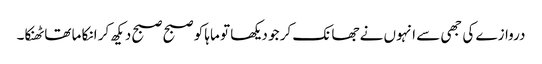
دروازے کی جھی سے انہوں نے جھانک کر جو دیکھا تو ماہا کو صبح صبح دیکھ کر انکا ما تھا ٹھنکا۔